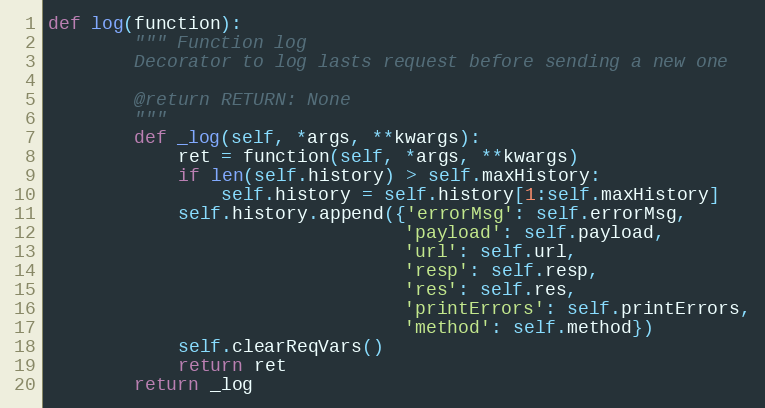
Language: Python
def log(function):
        """ Function log
        Decorator to log lasts request before sending a new one

        @return RETURN: None
        """
        def _log(self, *args, **kwargs):
            ret = function(self, *args, **kwargs)
            if len(self.history) > self.maxHistory:
                self.history = self.history[1:self.maxHistory]
            self.history.append({'errorMsg': self.errorMsg,
                                 'payload': self.payload,
                                 'url': self.url,
                                 'resp': self.resp,
                                 'res': self.res,
                                 'printErrors': self.printErrors,
                                 'method': self.method})
            self.clearReqVars()
            return ret
        return _log